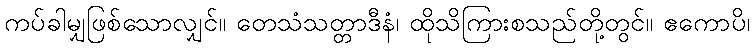
ကပ်ခါမျှဖြစ်သောလျှင်။ တေသံသတ္တာဒီနံ၊ ထိုသိကြားစသည်တို့တွင်။ ဧကောပိ၊